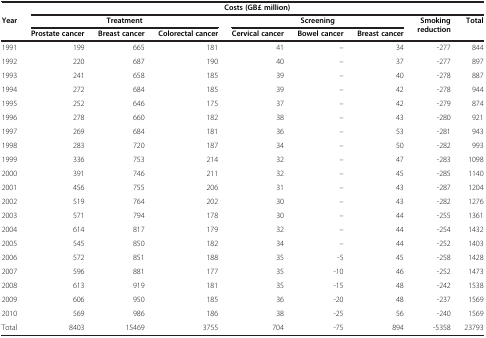
<table><thead><tr><td><b> </b></td><td colspan="8"><b>Costs (GB£ million)</b></td></tr><tr><td rowspan="2"><b>Year</b></td><td colspan="3"><b>Treatment</b></td><td colspan="3"><b>Screening</b></td><td rowspan="2"><b>Smoking reduction</b></td><td rowspan="2"><b>Total</b></td></tr><tr><td><b>Prostate cancer</b></td><td><b>Breast cancer</b></td><td><b>Colorectal cancer</b></td><td><b>Cervical cancer</b></td><td><b>Bowel cancer</b></td><td><b>Breast cancer</b></td></tr></thead><tbody><tr><td>1991</td><td>199</td><td>665</td><td>181</td><td>41</td><td>–</td><td>34</td><td>-277</td><td>844</td></tr><tr><td>1992</td><td>220</td><td>687</td><td>190</td><td>40</td><td>–</td><td>37</td><td>-277</td><td>897</td></tr><tr><td>1993</td><td>241</td><td>658</td><td>185</td><td>39</td><td>–</td><td>40</td><td>-278</td><td>887</td></tr><tr><td>1994</td><td>272</td><td>684</td><td>185</td><td>39</td><td>–</td><td>42</td><td>-278</td><td>944</td></tr><tr><td>1995</td><td>252</td><td>646</td><td>175</td><td>37</td><td>–</td><td>42</td><td>-279</td><td>874</td></tr><tr><td>1996</td><td>278</td><td>660</td><td>182</td><td>38</td><td>–</td><td>43</td><td>-280</td><td>921</td></tr><tr><td>1997</td><td>269</td><td>684</td><td>181</td><td>36</td><td>–</td><td>53</td><td>-281</td><td>943</td></tr><tr><td>1998</td><td>283</td><td>720</td><td>187</td><td>34</td><td>–</td><td>50</td><td>-282</td><td>993</td></tr><tr><td>1999</td><td>336</td><td>753</td><td>214</td><td>32</td><td>–</td><td>47</td><td>-283</td><td>1098</td></tr><tr><td>2000</td><td>391</td><td>746</td><td>211</td><td>32</td><td>–</td><td>45</td><td>-285</td><td>1140</td></tr><tr><td>2001</td><td>456</td><td>755</td><td>206</td><td>31</td><td>–</td><td>43</td><td>-287</td><td>1204</td></tr><tr><td>2002</td><td>519</td><td>764</td><td>202</td><td>30</td><td>–</td><td>43</td><td>-282</td><td>1276</td></tr><tr><td>2003</td><td>571</td><td>794</td><td>178</td><td>30</td><td>–</td><td>44</td><td>-255</td><td>1361</td></tr><tr><td>2004</td><td>614</td><td>817</td><td>179</td><td>32</td><td>–</td><td>44</td><td>-254</td><td>1432</td></tr><tr><td>2005</td><td>545</td><td>850</td><td>182</td><td>34</td><td>–</td><td>44</td><td>-252</td><td>1403</td></tr><tr><td>2006</td><td>572</td><td>851</td><td>188</td><td>35</td><td>-5</td><td>45</td><td>-258</td><td>1428</td></tr><tr><td>2007</td><td>596</td><td>881</td><td>177</td><td>35</td><td>-10</td><td>46</td><td>-252</td><td>1473</td></tr><tr><td>2008</td><td>613</td><td>919</td><td>181</td><td>35</td><td>-15</td><td>48</td><td>-242</td><td>1538</td></tr><tr><td>2009</td><td>606</td><td>950</td><td>185</td><td>36</td><td>-20</td><td>48</td><td>-237</td><td>1569</td></tr><tr><td>2010</td><td>569</td><td>986</td><td>186</td><td>38</td><td>-25</td><td>56</td><td>-240</td><td>1569</td></tr><tr><td>Total</td><td>8403</td><td>15469</td><td>3755</td><td>704</td><td>-75</td><td>894</td><td>-5358</td><td>23793</td></tr></tbody></table>